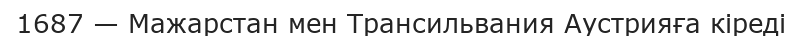
1687 — Мажарстан мен Трансильвания Аустрияға кіреді